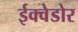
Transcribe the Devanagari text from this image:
ईक्वेडोर